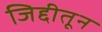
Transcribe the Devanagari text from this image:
जिद्दीतून